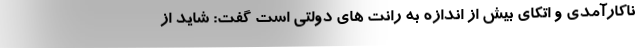
ناکارآمدی و اتکای بیش از اندازه به رانت های دولتی است گفت: شاید از